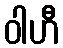
ဝါဟီ